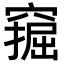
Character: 𫁗